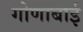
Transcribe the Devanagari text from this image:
गोणाबाई